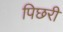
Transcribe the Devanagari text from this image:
पिछरी